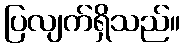
ပြလျက်ရှိသည်။